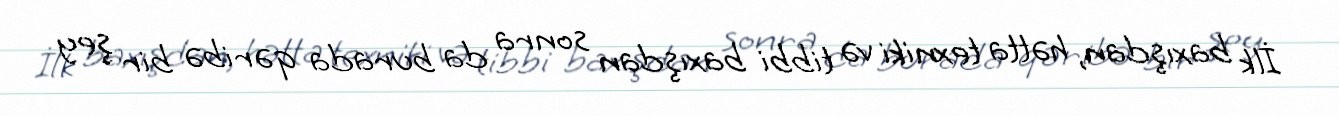
İlk baxışdan, hətta texniki və tibbi baxışdan sonra da burada qəribə bir şey